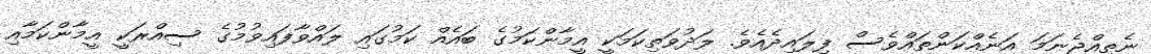
ނެތިއްޖެނަމަ އަނެއްކަންތައްވެސް ފިލައިދެއެވެ. ލަދުވަތިކަމަކީ އީމާންކަމުގެ ބައެއް ކަމުގައި ލައްވާފައިވުމުގެ ސިއްރަކީ އީމާންކަމާއި